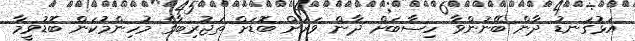
އަޅުގަނޑު ދާން ބޭނުންވާ ހިސާބަށް ދާން ވަރަށް ބޮޑަށް ތަޖުރިބާގެ މުހިންމުކަން ބޮޑުވީމާ